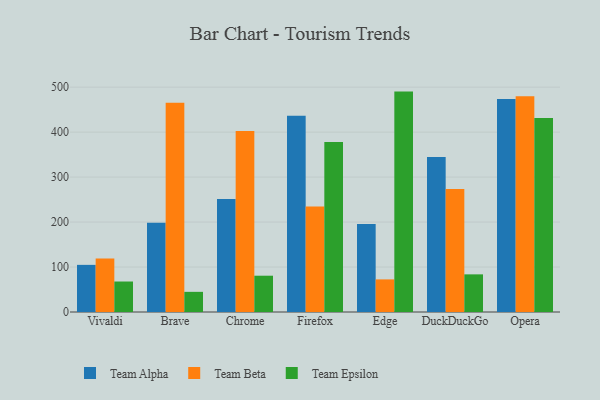
{"axis": {"x": "Browser", "y": "Website Visitors"}, "legend": ["Team Alpha", "Team Beta", "Team Epsilon"], "data": [{"x": "Vivaldi", "y": 104.8, "type": "Team Alpha"}, {"x": "Vivaldi", "y": 119.1, "type": "Team Beta"}, {"x": "Vivaldi", "y": 67.8, "type": "Team Epsilon"}, {"x": "Brave", "y": 198.2, "type": "Team Alpha"}, {"x": "Brave", "y": 465.3, "type": "Team Beta"}, {"x": "Brave", "y": 44.8, "type": "Team Epsilon"}, {"x": "Chrome", "y": 251.4, "type": "Team Alpha"}, {"x": "Chrome", "y": 402.4, "type": "Team Beta"}, {"x": "Chrome", "y": 80.7, "type": "Team Epsilon"}, {"x": "Firefox", "y": 436.4, "type": "Team Alpha"}, {"x": "Firefox", "y": 234.6, "type": "Team Beta"}, {"x": "Firefox", "y": 378.3, "type": "Team Epsilon"}, {"x": "Edge", "y": 195.8, "type": "Team Alpha"}, {"x": "Edge", "y": 72.5, "type": "Team Beta"}, {"x": "Edge", "y": 490.1, "type": "Team Epsilon"}, {"x": "DuckDuckGo", "y": 344.8, "type": "Team Alpha"}, {"x": "DuckDuckGo", "y": 273.6, "type": "Team Beta"}, {"x": "DuckDuckGo", "y": 83.7, "type": "Team Epsilon"}, {"x": "Opera", "y": 473.8, "type": "Team Alpha"}, {"x": "Opera", "y": 479.8, "type": "Team Beta"}, {"x": "Opera", "y": 431.6, "type": "Team Epsilon"}]}